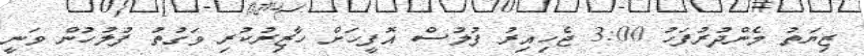
ޒިޔަތު މެންދުރުފަހު 3:00 ޖެހިއިރު ފުލުސް އޮފީހަށް ހާޒިރުކުރި ވަގުތު ފުލުހުން ވަނީ